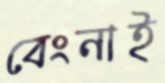
বেংনাই